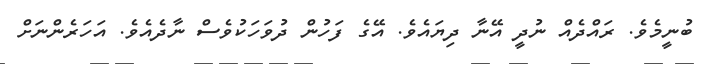
ބުނީމެވެ. ރަައްދެއް ނުދީ އޭނާ ދިޔައެވެ. އޭގެ ފަހުން ދުވަހަކުވެސް ނާދެއެވެ. އަހަރެންނަށް